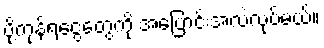
ပို့ကုန်ရငွေတွေကို အပြောင်းအလဲလုပ်မယ်။